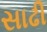
સાઢી